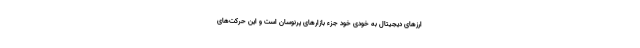
ارزهای دیجیتال به خودی خود جزء بازارهای پرنوسان است و این حرکت‌های